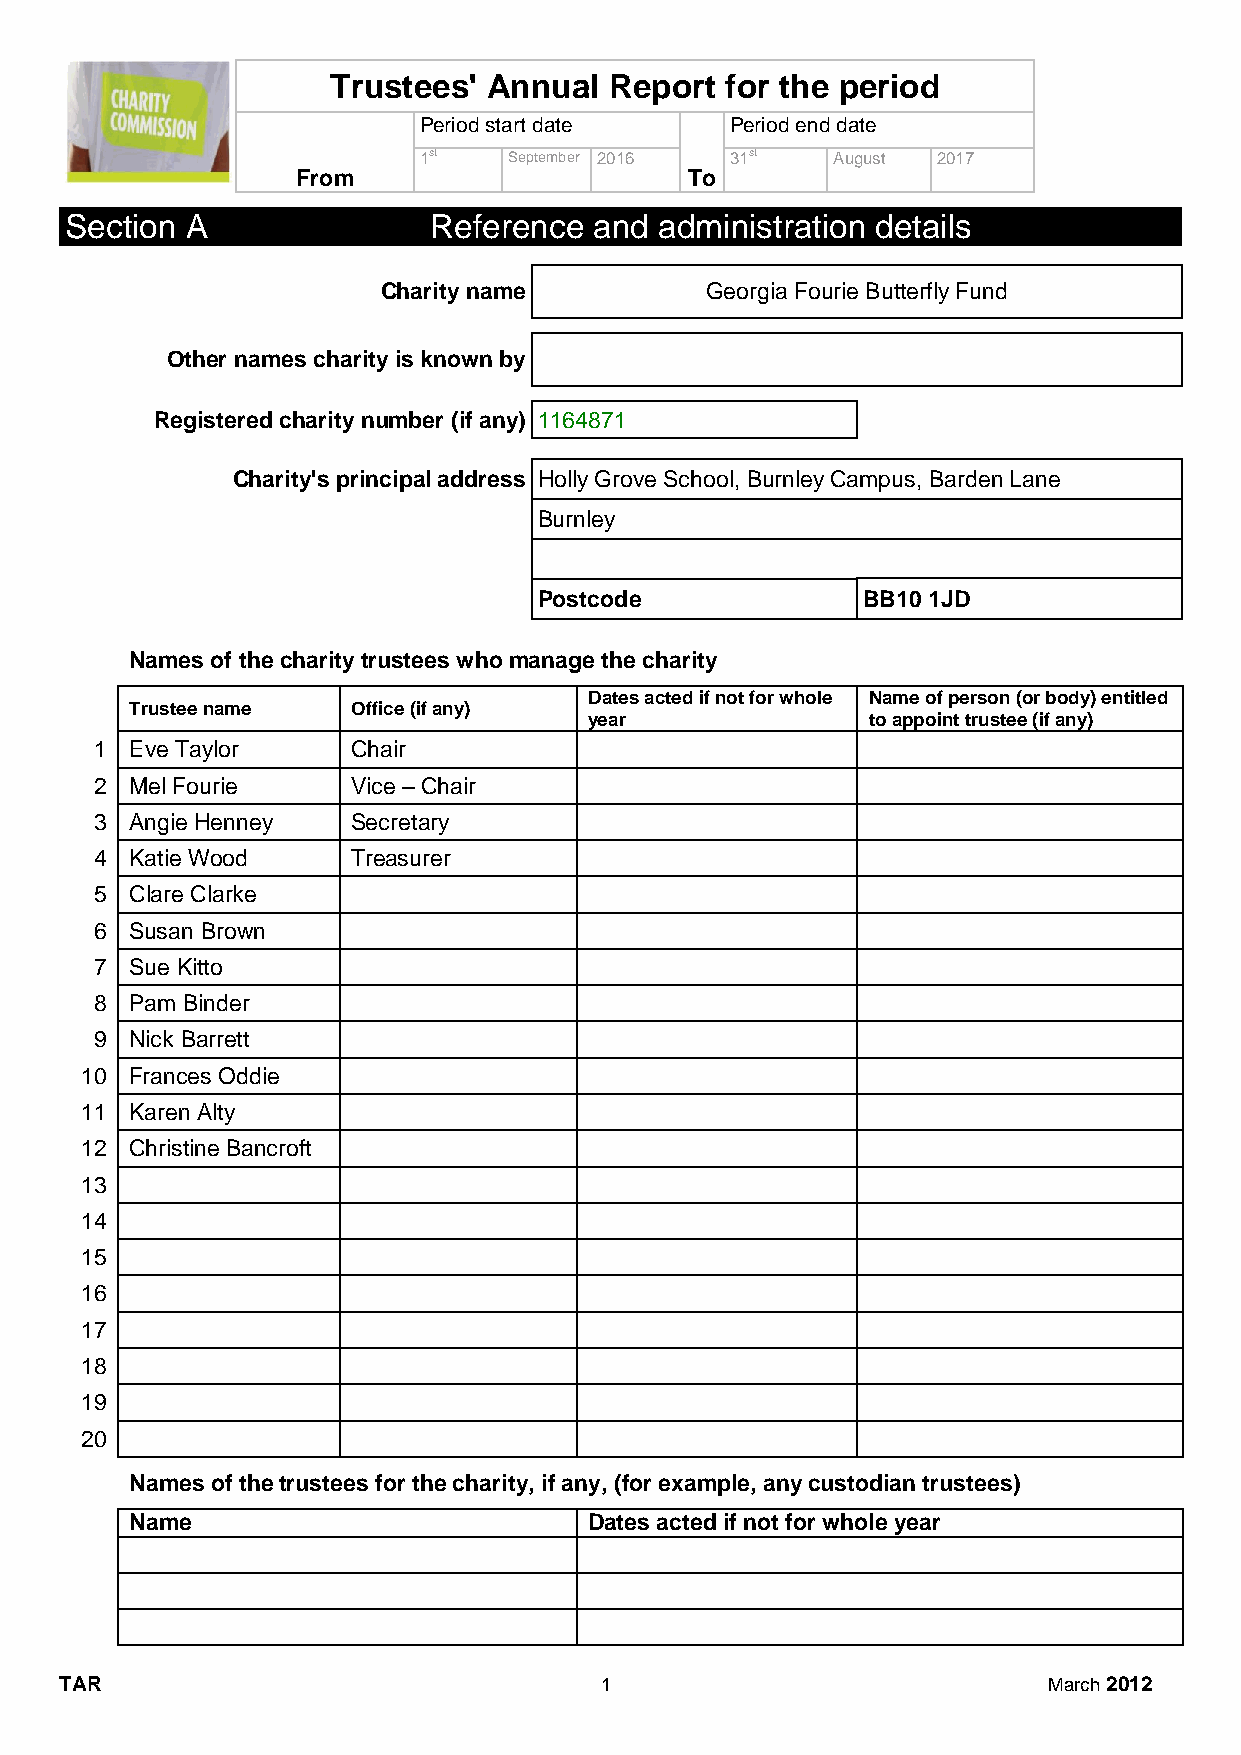
Trustees' Annual  Report  for the period
 Period start date   Period end date
 1st   September 2016 31st  August 2017
 From                      To
 Section A               Reference  and  administration details
 Charity name          Georgia Fourie Butterfly Fund
 Other names charity is known by
 Registered charity number (if any) 1164871
 Charity's principal address Holly Grove School, Burnley Campus, Barden Lane
 Burnley
 Postcode             BB10 1JD
 Names of the charity trustees who manage the charity
 Dates acted if not for whole Name of person (or body) entitled
 Trustee name  Office (if any)
 year              to appoint trustee (if any)
 1  Eve Taylor    Chair
 2  Mel Fourie    Vice – Chair
 3  Angie Henney  Secretary
 4  Katie Wood    Treasurer
 5  Clare Clarke
 6  Susan Brown
 7  Sue Kitto
 8  Pam Binder
 9  Nick Barrett
 10  Frances Oddie
 11  Karen Alty
 12  Christine Bancroft
 13
 14
 15
 16
 17
 18
 19
 20
 Names of the trustees for the charity, if any, (for example, any custodian trustees)
 Name                          Dates acted if not for whole year
 TAR                                 1                            March 2012